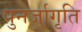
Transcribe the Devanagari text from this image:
पुनर्जागृति